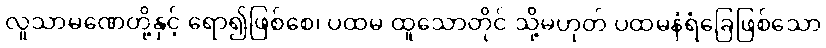
လူသာမဏေတို့နှင့် ရော၍ဖြစ်စေ၊ ပထမ ထူသောတိုင် သို့မဟုတ် ပထမနံရံခြေဖြစ်သော